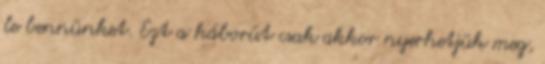
le bennünket. Ezt a háborút csak akkor nyerhetjük meg,